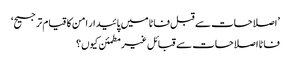
’اصلاحات سے قبل فاٹا میں پائیدار امن کا قیام ترجیح‘
فاٹا اصلاحات سے قبائل غیرمطمئن کیوں؟